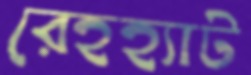
রেহহ্যাট